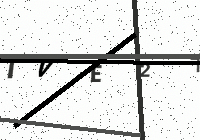
Text: 7VE27